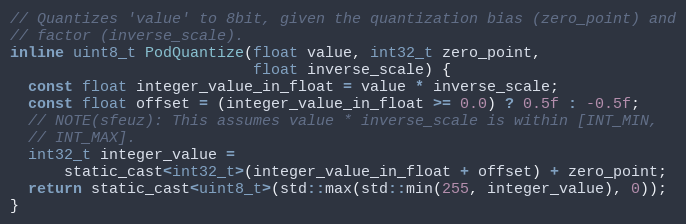
Language: C
// Quantizes 'value' to 8bit, given the quantization bias (zero_point) and
// factor (inverse_scale).
inline uint8_t PodQuantize(float value, int32_t zero_point,
                           float inverse_scale) {
  const float integer_value_in_float = value * inverse_scale;
  const float offset = (integer_value_in_float >= 0.0) ? 0.5f : -0.5f;
  // NOTE(sfeuz): This assumes value * inverse_scale is within [INT_MIN,
  // INT_MAX].
  int32_t integer_value =
      static_cast<int32_t>(integer_value_in_float + offset) + zero_point;
  return static_cast<uint8_t>(std::max(std::min(255, integer_value), 0));
}